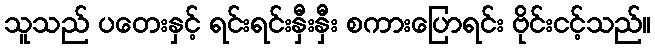
သူသည် ပတေးနှင့် ရင်းရင်းနှီးနှီး စကားပြောရင်း ဗိုင်းငင့်သည်။